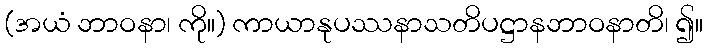
(အယံ ဘာဝနာ၊ ကို။) ကာယာနုပဿနာသတိပဋ္ဌာနဘာဝနာတိ၊ ၍။